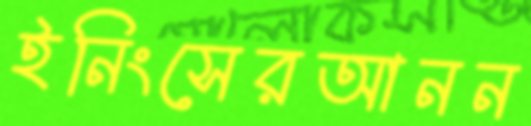
ইনিংসেরআনন